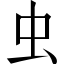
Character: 虫